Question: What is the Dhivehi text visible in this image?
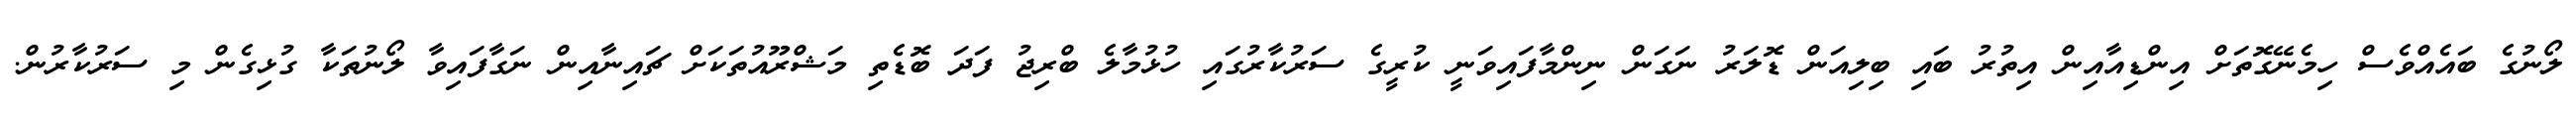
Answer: ލޯނުގެ ބައެއްވެސް ހިމެނޭގޮތަށް އިންޑިއާއިން އިތުރު ބައި ބިލިއަން ޑޮލަރު ނަގަން ނިންމާފައިވަނީ ކުރީގެ ސަރުކާރުގައި ހުޅުމާލެ ބްރިޖު ފަދަ ބޮޑެތި މަޝްރޫއުތަކަށް ޗައިނާއިން ނަގާފައިވާ ލޯނުތަކާ ގުޅިގެން މި ސަރުކާރުން.